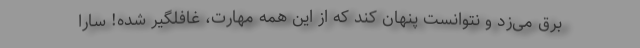
برق می‌زد و نتوانست پنهان کند که از این همه مهارت، غافلگیر شده! سارا